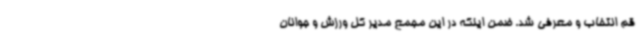
قم انتخاب و معرفی شد. ضمن اینکه در این مجمع مدیر کل ورزش و جوانان